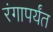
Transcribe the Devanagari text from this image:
रंगापर्यंत